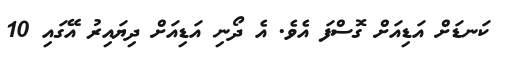
ކަނޑަށް އަޑިއަށް ގޮސްފަ އެވެ. އެ ދޯނި އަޑިއަށް ދިޔައިރު އޭގައި 10